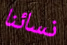
نسائنا